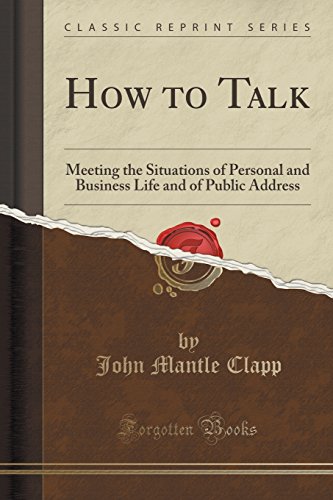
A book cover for How to Talk: Meeting the Situations of Personal and Business Life and of Public Address (Classic Reprint); John Mantle Clapp; Reference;